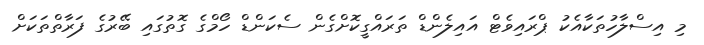
މި އިސްލާހުތަކާއެކު ޕްރައިވެޓް އައިލެންޑް ތަރައްގީކޮށްގެން ސެކަންޑް ހޯމްގެ ގޮތުގައި ބޭރުގެ ފަރާތްތަކަށް